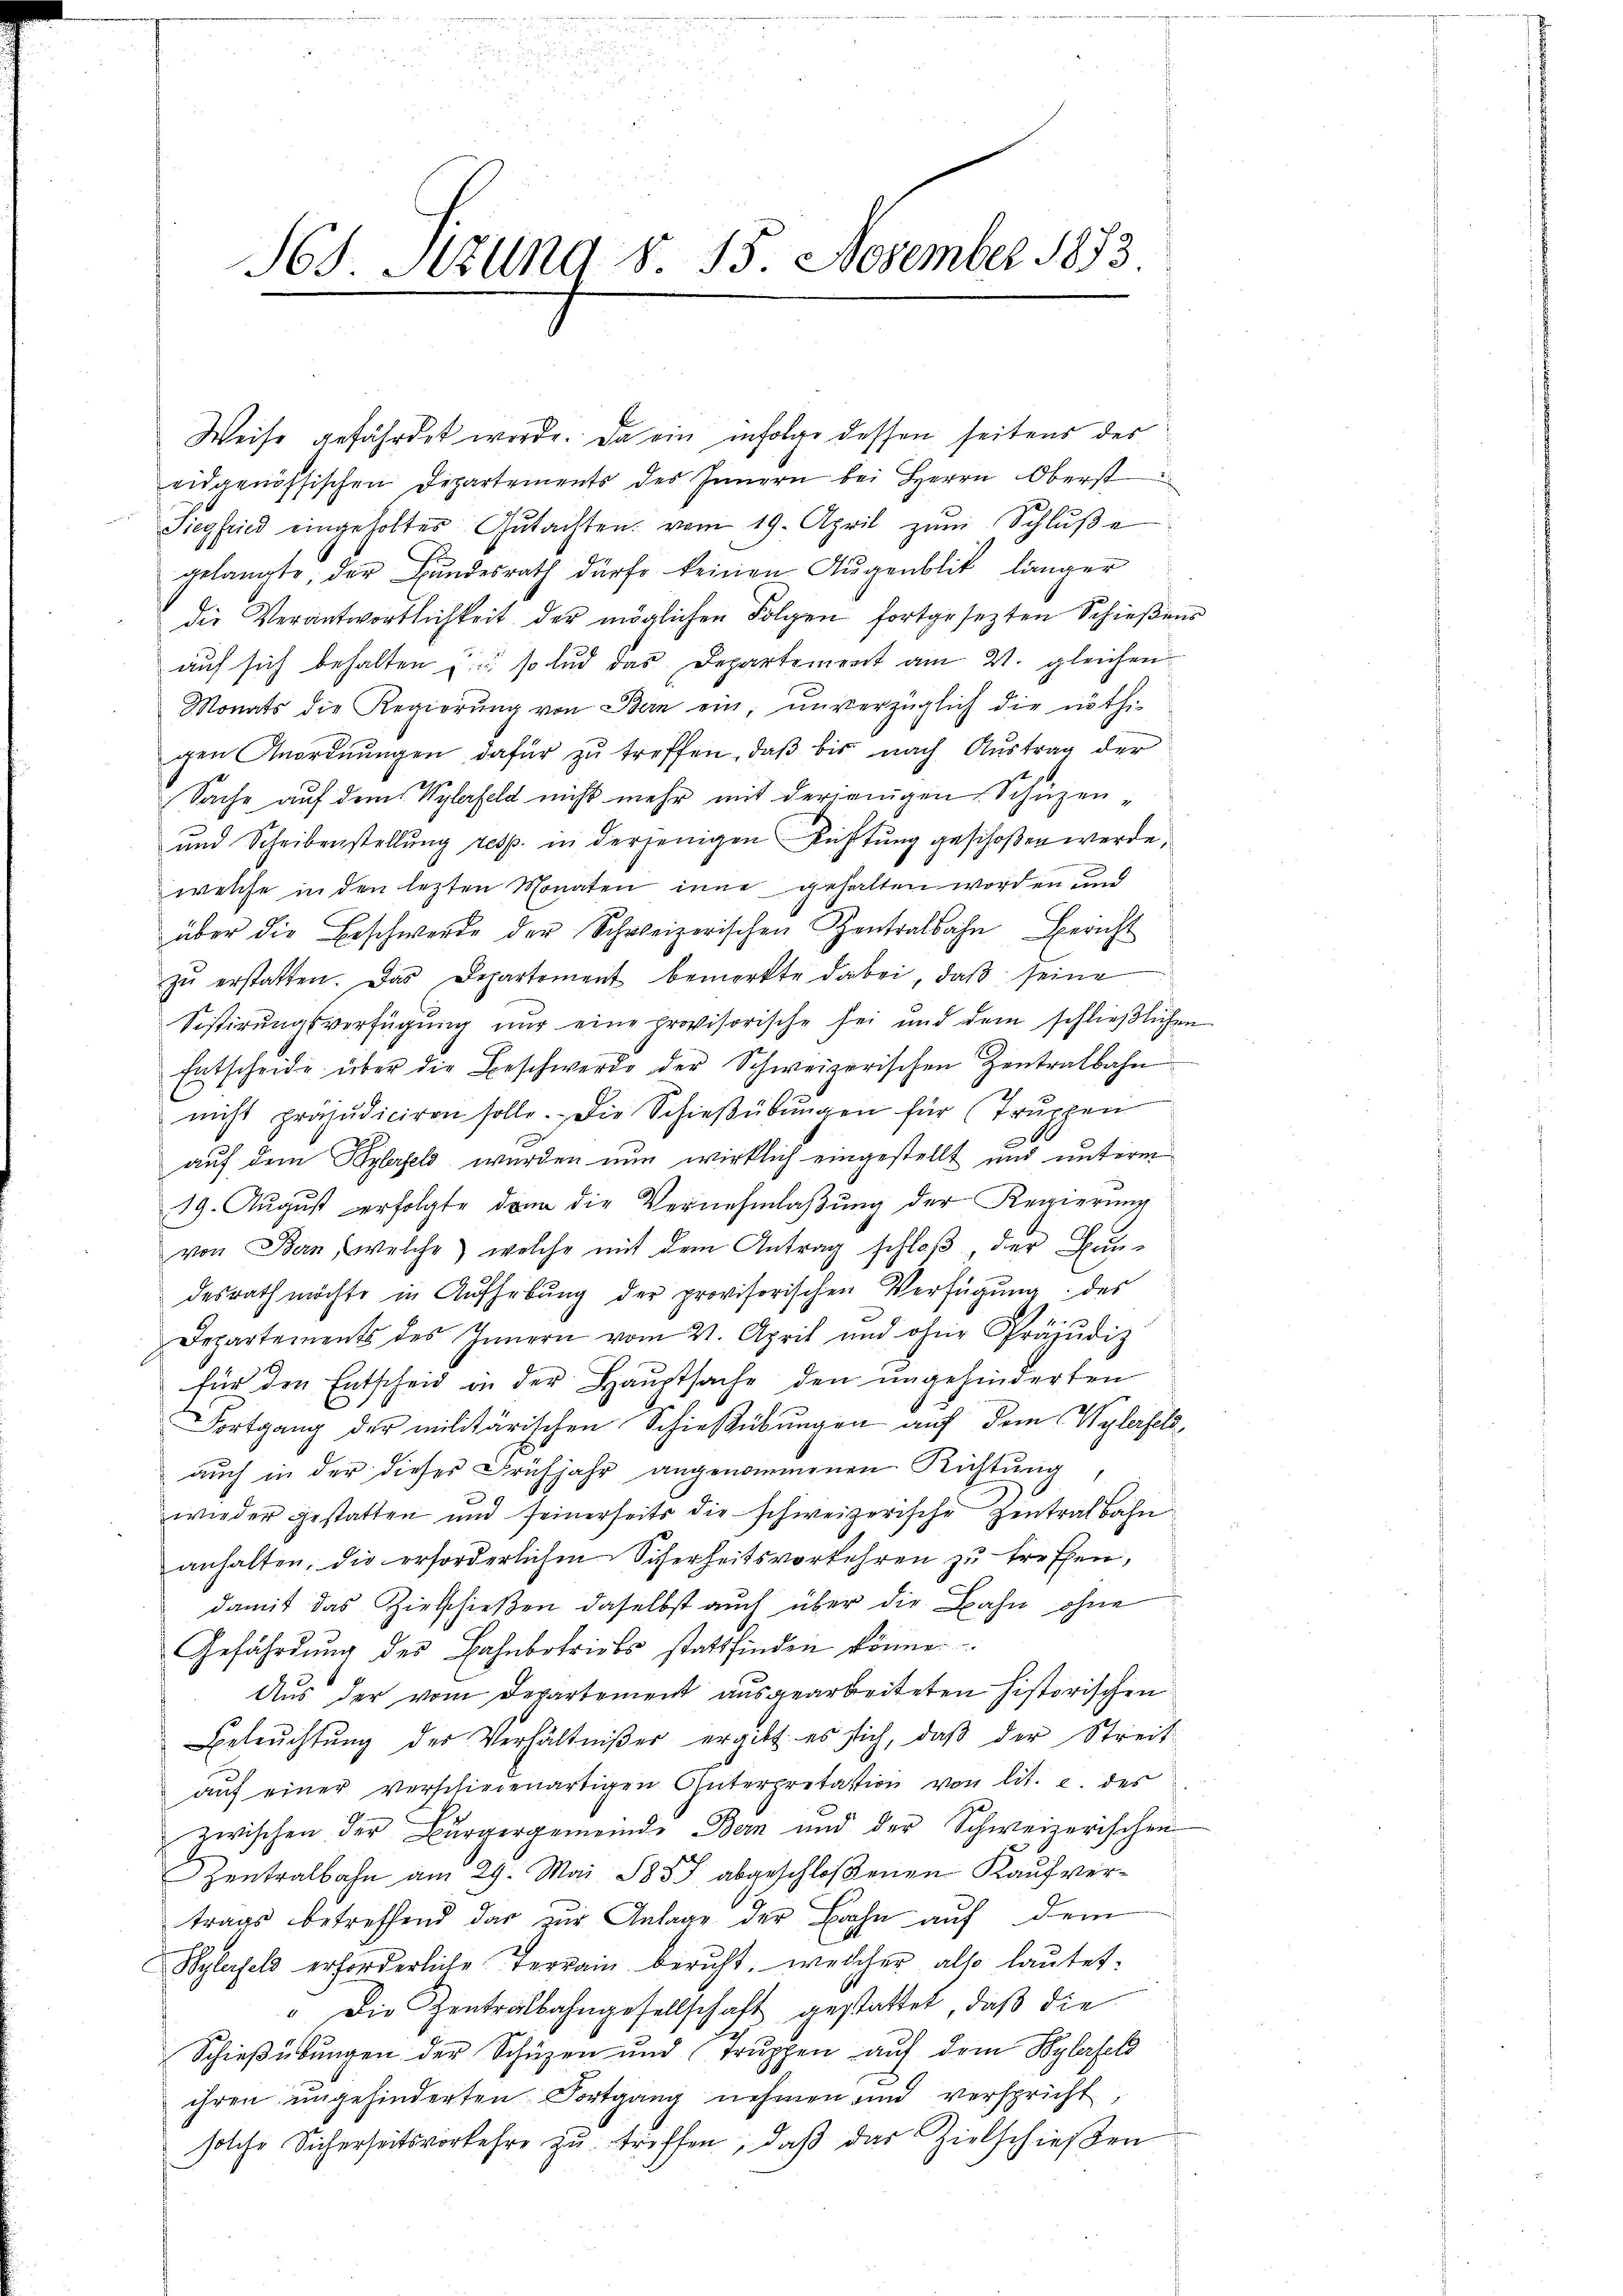
S65. Sitzung §. 15. November 1873

Weise gefährdet werde. Da ein infolge dessen seitens der
eidgenössischen Departements des Innern bei Herrn Oberst
Siegfried eingeholter Gutachten vom 19. April zŭm Schlŭβe
gelangte, der Bundesrath dürfe keinen Augenblik länger
die Verantwortlichkeit der möglichen Folgen fortgesezten Schießens
auf sich behalten u. so lud das Departement am 21. gleichen
Monats die Regierŭng von Bern ein, unverzüglich die nöthi-
gen Anordnŭngen dafür zŭ treffen, daβ bis nach Austrag der
Sache auf dem Wylefeld nicht mehr mit derjenigen Schüzen
und Scheibenstellung resp. in derjenigen Richtung geschoßen werde,
welche in den lezten Monaten inne gehalten worden und
über die Beschwerde der Schweizerischen Zentralsahn Bericht
zŭ erstatten. Das Departement bemerkte dabei, daβ seine
Sistirungsverfügung nur eine provisorische sei und dem schlieβlichen
Entscheide über die Beschwerde der Schweizerischen Zentralbahn
nicht präjudiciren solle. Die Schieβübŭngen für Trŭppen
auf dem Kylefeld, wurden nun wirklich eingestellt und unterm
19. August erfolgte dann die Vernehmlaßung der Regierung
von Bern, welche welche mit dem Antrag schloß, der Bundesrath möchte in Aŭfhebŭng der provisorischen Verfügŭng des
Departements des Innern vom 21. April und ohne Präjudiz
für den Entscheid in der Hauptsache den ungehinderten
Fortgang der militärischen Schießübungen auf dem Wylasel,
aŭch in der dieses Frühjahr angenommenen Richtung
f
wieder gestatten und seinerseits die schweizerische Zentralbahn
anhalten, die erforderlichen Sicherheitsverkehren zu treffen,
damit das Zielschießen daselbst auch über die Bahn ohne
Gefährdung des Bahnbetricts stattfinden könne.
Aus der vom Departement ausgearbeiteten historischen
Beleŭchtŭng der Verhältniβer ergibt es sich, daβ der Streit
aŭf einer verschiedenartigen Güterpretation von lit. e. des
zwischen der Bürgergemeinde Bern und der Schweizerischen
Zentralbahn am 29. Mai 1857 abgeschloßenen Kaufvertrags betreffend das zur Anlage der Bahn auf dem
Bylefel erforderliche Terrain beruht, welcher also lautet:
". Die Zentralbahngesellschaft gestattet, daß die
Schießübungen der Schüzen und Truppen auf dem Bylerfeld
ihren ungehinderten Fortgang nehmen und verspricht,
solche Sicherseitsverkehre zŭ triffen, daβ das Zielschieβen